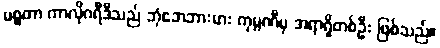
မစ္စတာ ကာလိုဂရီဒီသည် ဘုံဘေဘားမား ကုမ္ပဏီမှ အရာရှိတစ်ဦး ဖြစ်သည်။